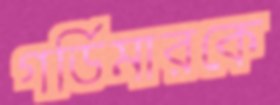
গর্ডিমারকে